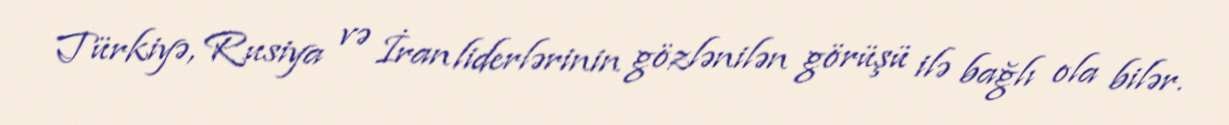
Türkiyə, Rusiya və İran liderlərinin gözlənilən görüşü ilə bağlı ola bilər.